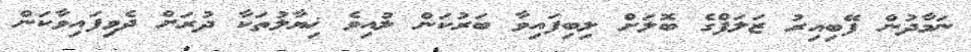
ނަމާދުން ފޭބިއިރު ޒަލަފްގެ ބޮލަށް ލިބިފައިވާ ބަރުކަން ލުއިވެ ޚިޔާލުތަކާ ދުރަށް ދެވިފައިވާކަން